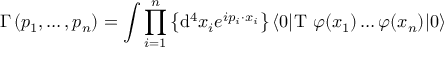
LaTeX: \Gamma \left( p _ { 1 } , \ldots , p _ { n } \right) = \int \prod _ { i = 1 } ^ { n } \left\{ \mathrm { d } ^ { 4 } x _ { i } e ^ { i p _ { i } \cdot x _ { i } } \right\} \langle 0 | \mathrm { T } \ \varphi ( x _ { 1 } ) \ldots \varphi ( x _ { n } ) | 0 \rangle